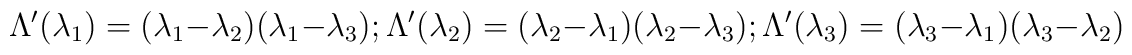
\Lambda'(\lambda_1)=(\lambda_1-\lambda_2)( \lambda_1-\lambda_3);\Lambda'(\lambda_2)=(\lambda_2-\lambda_1)( \lambda_2-\lambda_3);\Lambda'(\lambda_3)=(\lambda_3-\lambda_1)( \lambda_3-\lambda_2)